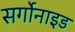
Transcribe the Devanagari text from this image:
सर्गोनाइड